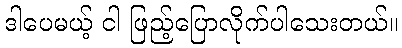
ဒါပေမယ့် ငါ ဖြည့်ပြောလိုက်ပါသေးတယ်။